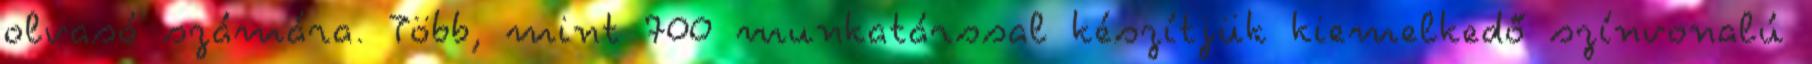
olvasó számára. Több, mint 700 munkatárssal készítjük kiemelkedő színvonalú